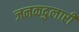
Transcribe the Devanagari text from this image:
जनकदुलारी